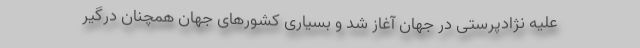
علیه نژادپرستی در جهان آغاز شد و بسیاری کشورهای جهان همچنان درگیر